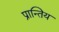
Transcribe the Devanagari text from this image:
प्रान्तिय